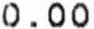
0.00